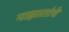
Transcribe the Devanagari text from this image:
याझातांचे